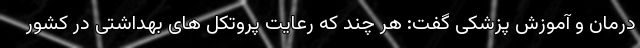
درمان و آموزش پزشکی گفت: هر چند که رعایت پروتکل های بهداشتی در کشور